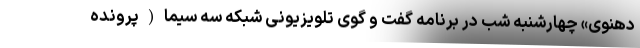
دهنوی» چهارشنبه شب در برنامه گفت و گوی تلویزیونی شبکه سه سیما(پرونده